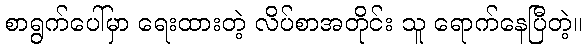
စာရွက်ပေါ်မှာ ရေးထားတဲ့ လိပ်စာအတိုင်း သူ ရောက်နေပြီတဲ့။